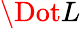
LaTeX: \Dot{L}